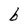
Character: b